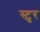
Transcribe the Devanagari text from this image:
स्टुर